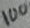
Text: 100